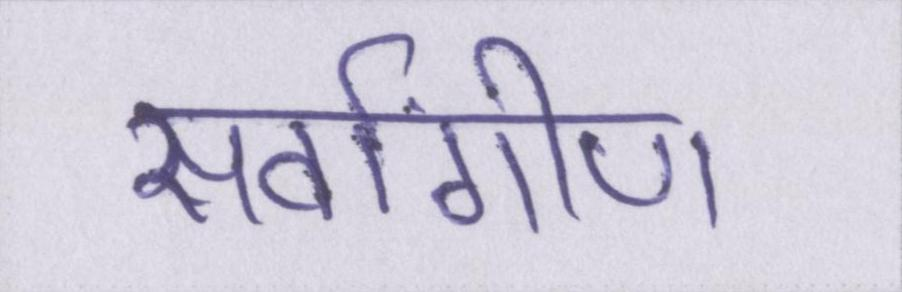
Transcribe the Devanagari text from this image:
सर्वांगीण